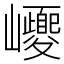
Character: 巎